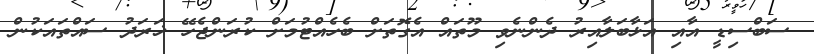
ސަބްސިޑީ އާއި އަޅާބަލާއިރު ދެންނެވި މޫތައް އެގޮތަށް ބެހެއްޓުމަށް ކުރަންޖެހޭ ޚަރަދު ސައްތައަކުން